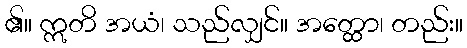
၏။ ဣတိ အယံ၊ သည်လျှင်။ အတ္ထော၊ တည်း။